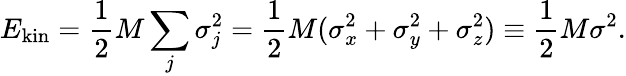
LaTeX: E_{\mathrm{kin}}=\frac{1}{2}M\sum_{j}\sigma_{j}^{2}=\frac{1}{2}M(\sigma_{x}^{2}+\sigma_{y}^{2}+\sigma_{z}^{2})\equiv\frac{1}{2}M\sigma^{2}.